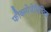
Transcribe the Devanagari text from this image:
फौक्स्येजेलिप्तिक